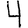
Digit: 4